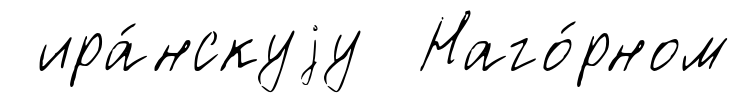
ира́нскуjу Наго́рном